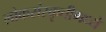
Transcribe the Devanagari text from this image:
लोकसंस्कृतीमध्ये